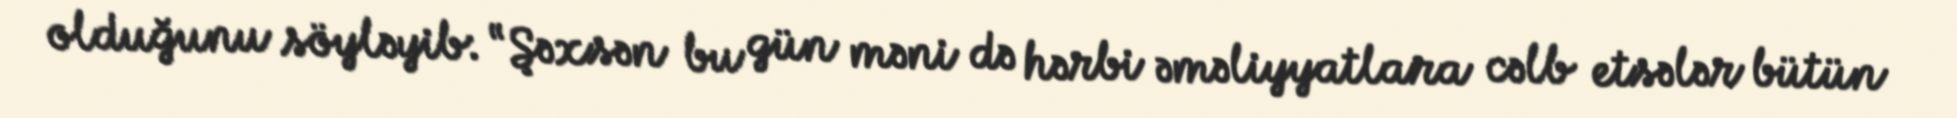
olduğunu söyləyib: “Şəxsən bu gün məni də hərbi əməliyyatlara cəlb etsələr bütün